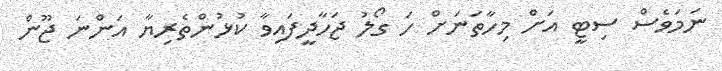
ނަމަވެސް ސިޓީ އަށް މިހާތަނަށް ހަ ގޯލު ޖަހާދީފައިވާ ކުޅުންތެރިޔާ އަންނަ ޖޫން